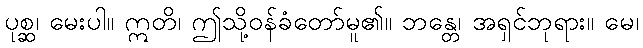
ပုစ္ဆ၊ မေးပါ။ ဣတိ၊ ဤသို့ဝန်ခံတော်မူ၏။ ဘန္တေ၊ အရှင်ဘုရား။ မေ၊